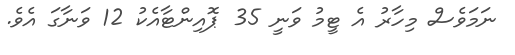
ނަމަވެސް މިހާރު އެ ޓީމު ވަނީ 35 ޕޮއިންޓާއެކު 12 ވަނާގަ އެވެ.